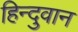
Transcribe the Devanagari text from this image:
हिन्दुवान